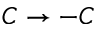
C \to - C